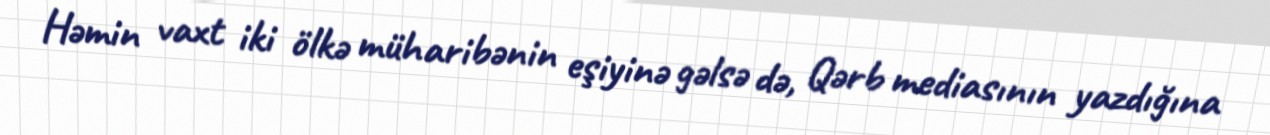
Həmin vaxt iki ölkə müharibənin eşiyinə gəlsə də, Qərb mediasının yazdığına